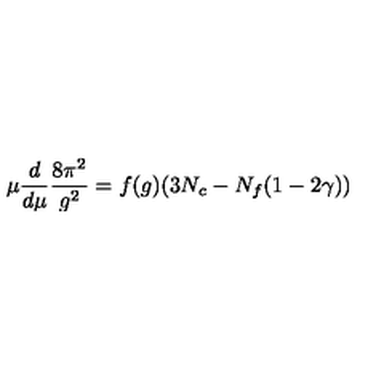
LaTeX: \mu \frac { d } { d \mu } \frac { 8 \pi ^ { 2 } } { g ^ { 2 } } = f ( g ) ( 3 N _ { c } - N _ { f } ( 1 - 2 \gamma ) )